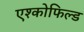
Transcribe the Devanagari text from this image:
एश्कोफिल्ड